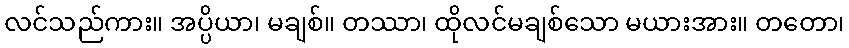
လင်သည်ကား။ အပ္ပိယာ၊ မချစ်။ တဿာ၊ ထိုလင်မချစ်သော မယားအား။ တတော၊